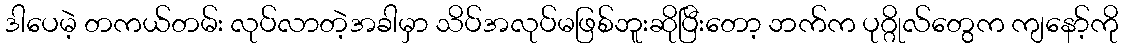
ဒါပေမဲ့ တကယ်တမ်း လုပ်လာတဲ့အခါမှာ သိပ်အလုပ်မဖြစ်ဘူးဆိုပြီးတော့ ဘက်က ပုဂ္ဂိုလ်တွေက ကျနော့်ကို